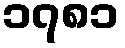
၁၇၈၁